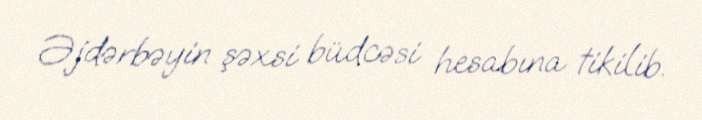
Əjdərbəyin şəxsi büdcəsi hesabına tikilib.